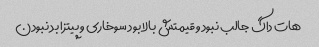
هات داگ جالب نبود و قیمتش بالا بود سوخاری و پیتزا بد نبودن